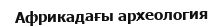
Африкадағы археология